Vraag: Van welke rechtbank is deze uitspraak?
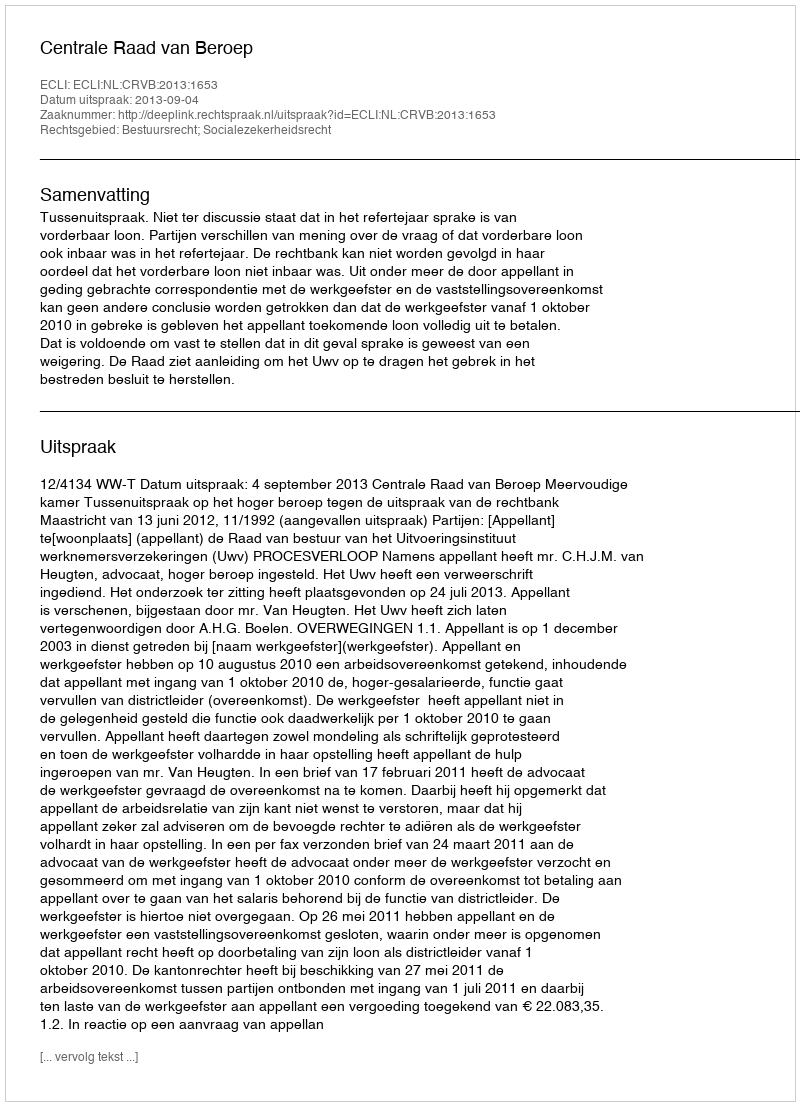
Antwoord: Centrale Raad van Beroep